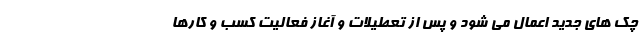
چك هاي جديد اعمال مي شود و پس از تعطيلات و آغاز فعاليت كسب و كارها